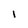
Character: I